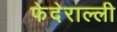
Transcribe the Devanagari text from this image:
फेदेराल्ली